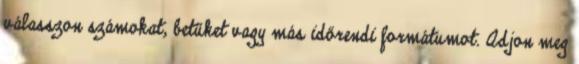
válasszon számokat, betűket vagy más időrendi formátumot. Adjon meg